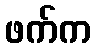
ဖက်က